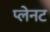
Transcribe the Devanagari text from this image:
प्लेनट